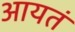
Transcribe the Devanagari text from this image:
आयतं